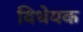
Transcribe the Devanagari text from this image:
विधेयक